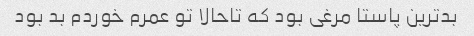
بدترین پاستا مرغی بود که تاحالا تو عمرم خوردم بد بود